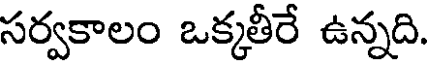
సర్వకాలం ఒక్కతీరే ఉన్నది.